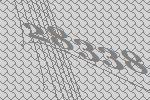
28338